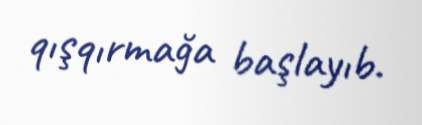
qışqırmağa başlayıb.